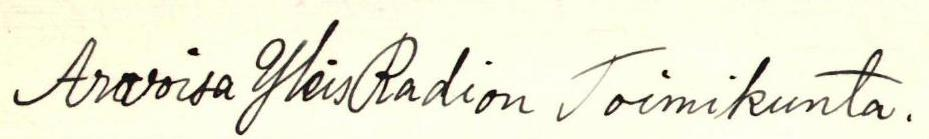
Arvoisa Yleis Radion Toimikunta.